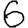
Digit: 6